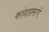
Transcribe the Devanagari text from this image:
कांद्याप्रमाणे